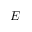
E